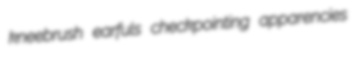
kneebrush earfuls checkpointing apparencies